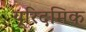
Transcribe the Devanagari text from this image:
यूरिदमिक